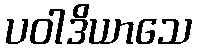
ပဝါဒိယာသေ